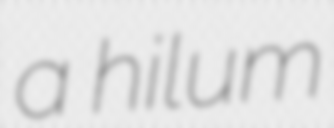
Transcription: a hilum